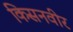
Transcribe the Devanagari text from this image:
किसनवीर